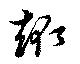
趣